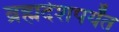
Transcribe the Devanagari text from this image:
ब्रह्मदेशपर्यंत